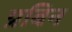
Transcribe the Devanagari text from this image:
प्रबिन